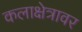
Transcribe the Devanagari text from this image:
कलाक्षेत्रावर